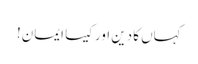
کہاں کا دین اور کیسا ایمان!